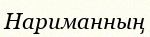
Нариманның